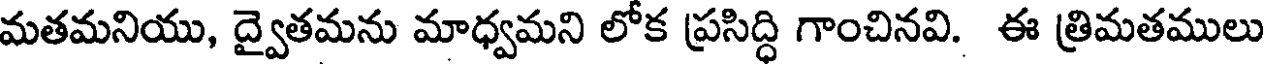
మతమనియు, ద్వైతమను మాధ్వమని లోక ప్రసిద్ధి గాంచినవి. ఈ త్రిమతములు